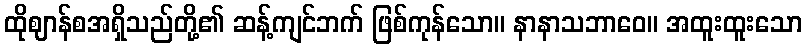
ထိုဈာန်စအရှိသည်တို့၏ ဆန့်ကျင်ဘက် ဖြစ်ကုန်သော။ နာနာသဘာဝေ။ အထူးထူးသော